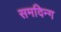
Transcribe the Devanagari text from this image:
समदिन्ग